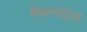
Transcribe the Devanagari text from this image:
बेळगावांस